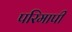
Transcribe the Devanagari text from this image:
परिमापी